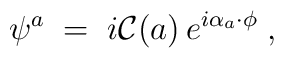
\psi^{a} \;=\; i{\cal C}(a)\, e^{i\alpha_{a}\cdot\phi} \; ,